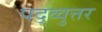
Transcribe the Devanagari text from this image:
पद्व्वुत्तर